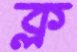
ক্ল